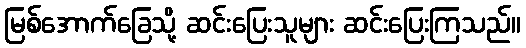
မြစ်အောက်ခြေသို့ ဆင်းပြေးသူများ ဆင်းပြေးကြသည်။